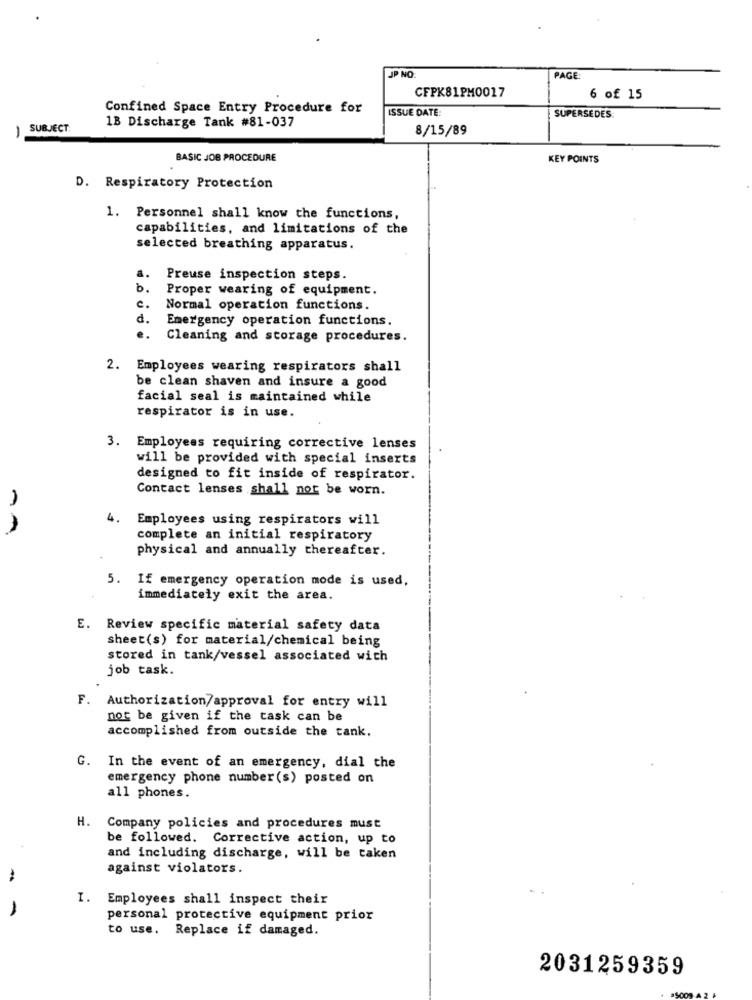
JP NO:
PAGE:
CFPK81PM0017
6 of 15
Confined Space Entry Procedure for
ISSUE DATE
1B Discharge Tank #81-037
SUPERSEDES:
SUBJECT:
8/15/89
-
BASIC JOB PROCEDURE
KEY POINTS
D. Respiratory Protection
1. Personnel shall know the functions,
capabilities, and limitations of the
selected breathing apparatus.
Preuse inspection steps.
b.
Proper wearing of equipment.
Normal operation functions.
d.
Emergency operation functions.
..
Cleaning and storage procedures.
Employees wearing respirators shall
be clean shaven and insure a good
facial seal is maintained while
respirator is in use.
3. Employees requiring corrective lenses
will be provided with special inserts
designed to fit inside of respirator.
Contact lenses shall not be worn.
4.
Employees using respirators will
complete an initial respiratory
physical and annually thereafter.
5. If emergency operation mode is used,
immediately exit the area.
E. Review specific material safety data
sheet(s) for material/chemical being
stored in tank/vessel associated with
job task.
F. Authorization/approval for entry will
not be given if the task can be
accomplished from outside the tank.
G. In the event of an emergency, dial the
emergency phone number (s) posted on
all phones.
H. Company policies and procedures must
be followed. Corrective action, up to
and including discharge, will be taken
against violators.
I. Employees shall inspect their
personal protective equipment prior
to use. Replace if damaged.
2031259359